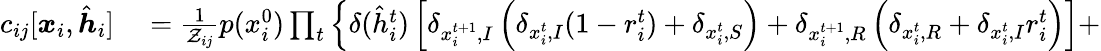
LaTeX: \begin{array}{rl}{c_{ij}[\boldsymbol{x}_{i},\hat{\boldsymbol{h}}_{i}]}&{{}=\frac{1}{\mathcal{Z}_{ij}}p(x_{i}^{0})\prod_{t}\left\{ \delta(\hat{h}_{i}^{t})\left[\delta_{x_{i}^{t+1},I}\left(\delta_{x_{i}^{t},I}(1-r_{i}^{t})+\delta_{x_{i}^{t},S}\right)+\delta_{x_{i}^{t+1},R}\left(\delta_{x_{i}^{t},R}+\delta_{x_{i}^{t},I}r_{i}^{t}\right)\right]+\right.}\end{array}